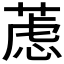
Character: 𰱮